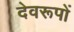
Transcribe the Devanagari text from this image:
देवरूपों